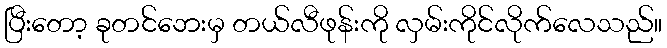
ပြီးတော့ ခုတင်ဘေးမှ တယ်လီဖုန်းကို လှမ်းကိုင်လိုက်လေသည်။